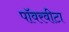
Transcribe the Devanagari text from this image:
पॉवरवीटा